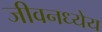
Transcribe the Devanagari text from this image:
जीवनध्येय